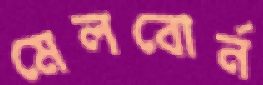
মেলবোর্ন